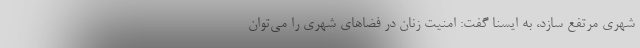
شهری مرتفع سازد، به ایسنا گفت: امنیت زنان در فضاهای شهری را می‌توان